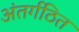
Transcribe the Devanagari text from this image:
अंतर्गठित